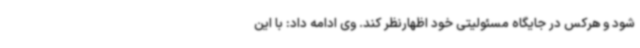
شود و هرکس در جایگاه مسئولیتی خود اظهارنظر کند. وی ادامه داد: با این